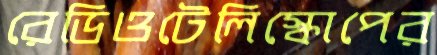
রেডিওটেলিস্কোপের